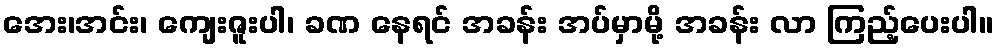
အေး၊အင်း၊ ကျေးဇူးပါ၊ ခဏ နေရင် အခန်း အပ်မှာမို့ အခန်း လာ ကြည့်ပေးပါ။